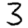
Digit: 3